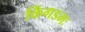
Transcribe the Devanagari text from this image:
किंगडमः